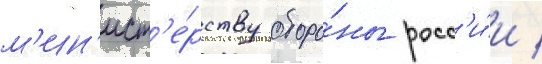
м'ин'ист'е́рству оборо́ны росс'и́и /